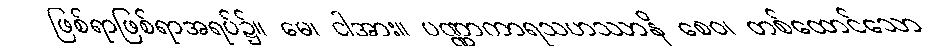
ဖြစ်ရာဖြစ်ရာအရပ်၌။ မေ၊ ငါအား။ ပဏ္ဏာကာရသဟဿာနိ စေဝ၊ တစ်ထောင်သော